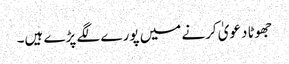
جھوٹا دعویٰ کرنے میں پورے لگے پڑے ہیں۔